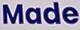
Made